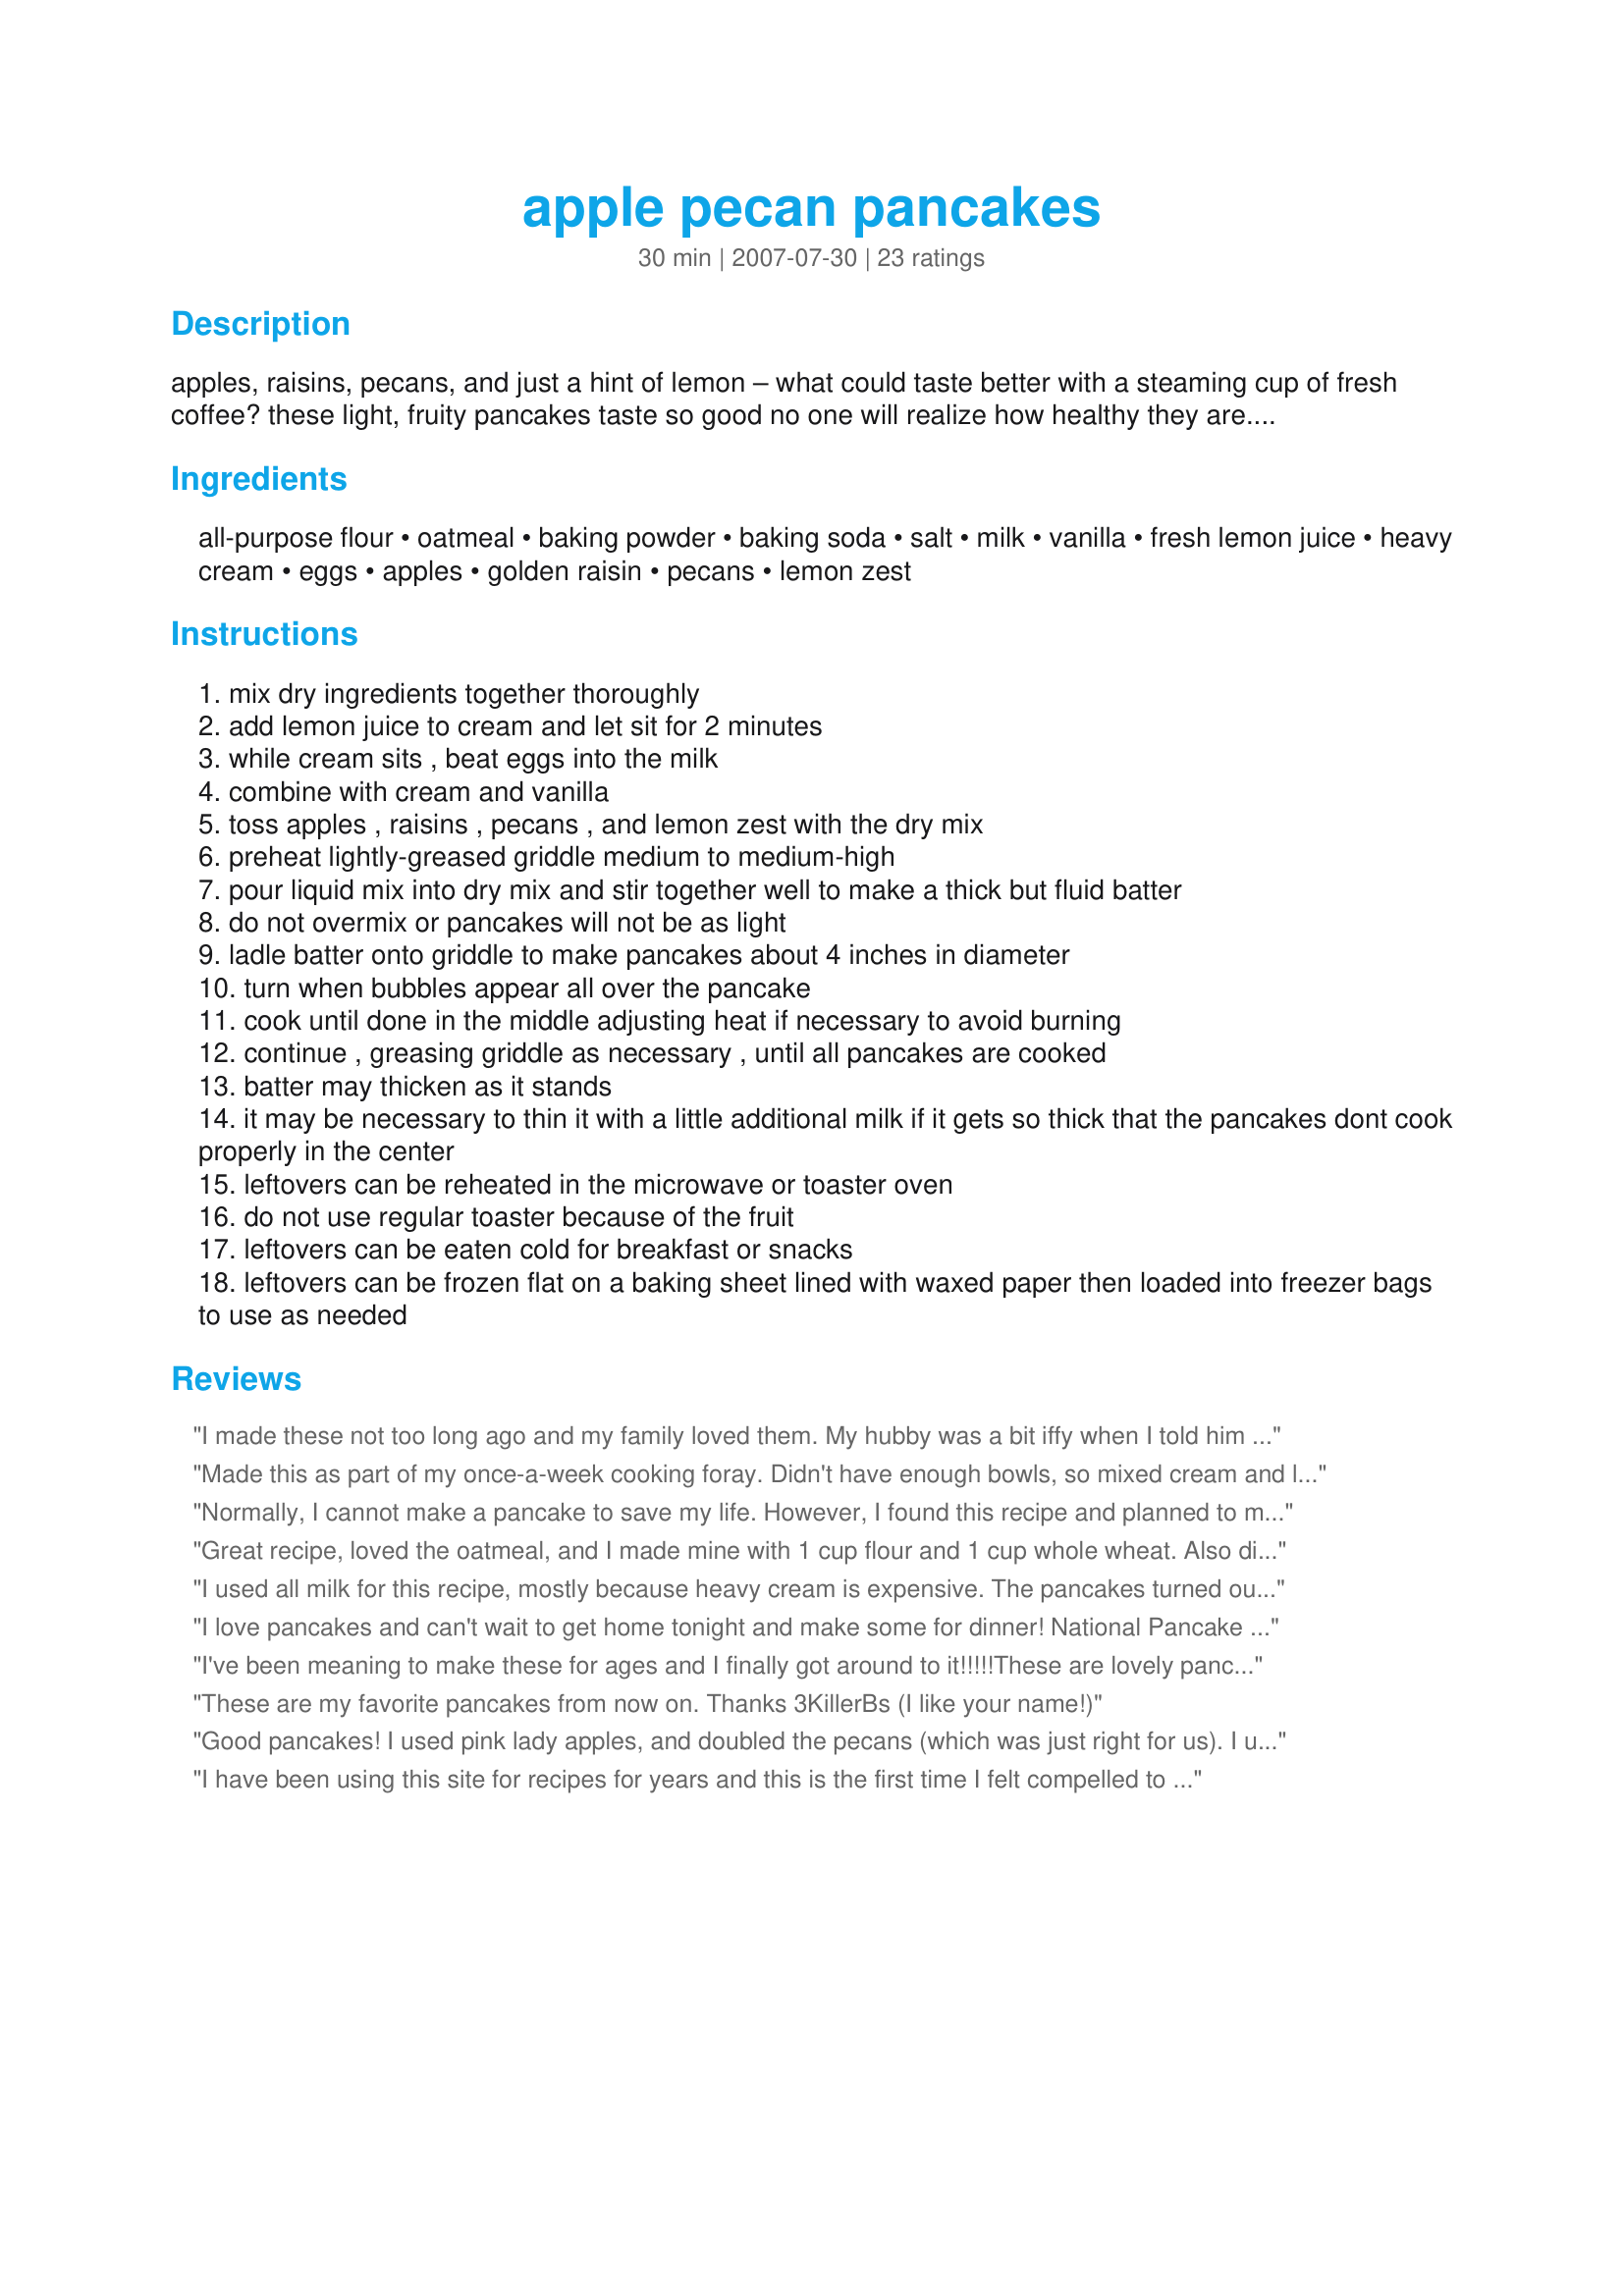
apple pecan pancakes
Preparation time: 30 minutes

apples, raisins, pecans, and just a hint of lemon – what could taste better with a steaming cup of fresh coffee? these light, fruity pancakes taste so good no one will realize how healthy they are. freeze the extras to reheat in the microwave and you’ll have a hot, delicious breakfast a lot faster than waiting in line at the drive-thru. or hand them to the kids cold for an on-the-go, in-the-car start when time is short.

Ingredients:
all-purpose flour, oatmeal, baking powder, baking soda, salt, milk, vanilla, fresh lemon juice, heavy cream, eggs, apples, golden raisin, pecans, lemon zest

Steps:
mix dry ingredients together thoroughly
add lemon juice to cream and let sit for 2 minutes
while cream sits , beat eggs into the milk
combine with cream and vanilla
toss apples , raisins , pecans , and lemon zest with the dry mix
preheat lightly-greased griddle medium to medium-high
pour liquid mix into dry mix and stir together well to make a thick but fluid batter
do not overmix or pancakes will not be as light
ladle batter onto griddle to make pancakes about 4 inches in diameter
turn when bubbles appear all over the pancake
cook until done in the middle adjusting heat if necessary to avoid burning
continue , greasing griddle as necessary , until all pancakes are cooked
batter may thicken as it stands
it may be necessary to thin it with a little additional milk if it gets so thick that the pancakes dont cook properly in the center
leftovers can be reheated in the microwave or toaster oven
do not use regular toaster because of the fruit
leftovers can be eaten cold for breakfast or snacks
leftovers can be frozen flat on a baking sheet lined with waxed paper then loaded into freezer bags to use as needed

Reviews:
I made these not too long ago and my family loved them. My hubby was a bit iffy when I told him the name of the pancakes, but he fell in love after the first bite. My 3 year old likes hers with peanut butter smeared on top. And they made the whole house smell good while cooking.
Made this as part of my once-a-week cooking foray. Didn't have enough bowls, so mixed cream and lemon juice together, and in a big bowl dumped all the other ingredients and mixed before adding cream mixture. Cooked in 2 metal baking pans at 425 deg F for 20 mins. Used 2 Royal Gala apples and 3 Granny Smith cut into 16ths. This is great served warm with vanilla ice cream for pudding.
Normally, I cannot make a pancake to save my life. However, I found this recipe and planned to make them for my 2-year-old, but I ended up eating a bunch of them. They're delicious! My son agrees. I cut the recipe down to 1/3, but I will soon try making a lot of them and freezing them. I used all milk instead of cream because that was all I had. I also added some milled flax seed and a little extra oatmeal because the batter seemed thin. In the end though, they were awesome. Thanks for a great recipe!
Great recipe, loved the oatmeal, and I made mine with 1 cup flour and 1 cup whole wheat. Also didn't have heavy cream, so used buttermilk instead. Did add some cinnamon after trying the first ones, it intensified the flavor. My husband loved it and couldn't believe that there was no additional fats in it.
I used all milk for this recipe, mostly because heavy cream is expensive. The pancakes turned out hearty and delicious. We have a family of 5 and we had 3 pancakes left over, but I use a ladle to scoop the batter and fill the whole bottom of the small skillet, so mine are larger than the recipe says. I will definitely use this recipe again, but next time I will put some sugar and a spice or two in it, to liven it up. Thanks for a great recipe!
I love pancakes and can't wait to get home tonight and make some for dinner! National Pancake Day is every day for me.
I've been meaning to make these for ages and I finally got around to it!!!!!These are lovely pancakes...very automnal! I'm afraid I didn't follow the recipe to the T...I just threw everything together! ;-)...so maybe they weren't as light as they are meant to be but they still tasted brilliant!
These are my favorite pancakes from now on. Thanks 3KillerBs (I like your name!)
Good pancakes! I used pink lady apples, and doubled the pecans (which was just right for us). I usually don't put syrup on my pancakes, but I did with these. Since there is no sugar in the batter, I felt like they sort of needed it. This recipe served about 6 people.
I have been using this site for recipes for years and this is the first time I felt compelled to write a review. Those pancakes were great!!!. What a treat! I made it exactly as the recipe says. I thought of adding a T of sugar but didn't and it was fine with the maple syrup. I want to try using half with whole wheat next time.
We had breakfast for dinner and loved these pancakes! I actually only made 1/3 of the recipe, which was pretty easy to do (except I forgot to 1/3 the pecans, which didn't matter at all... we liked the extra nuts!) These were moist and tasty. I used a granny smith apple, part white whole wheat flour, and old fashioned oats. Next time I may try with low fat milk rather than the heavy cream and see how it turns out... But it was definitely good with the cream! THanks so much!
Made for RSC #10. For my trial run, I cut the recipe down to 1 dozen (measurements work beautifully in the reduced version). I followed the recipe exactly, using a Granny Smith apple. Very tasty, I enjoyed them without syrup. They do freeze well - I love having a portable breakfast to carry to work with me. I will be making more as soon as these are gone. Thanks for entering this delicious recipe.
These were super yummy! I used wheat flour and they turned out perfect! Thanks!
Wow, wow, wow. These were wonderful. The flavor was amazing, sweet, tart, nutty. I served mine with pure maple syrup it hi-lited all the flavors in the pancakes. These delicious pancakes were very filling, so I froze the rest, (they freeze very well). The large tasty pancakes were light and fluffy. I really enjoyed the apple/raisin/pecan combination, they blended beautifully. Great use of contest ingredients. You have my vote, good luck in the contest.
These are definitely my new favorite for pancakes. I've made LOTS of pancakes and i have to pancake eaters who swear by these as well! I made only 1/2 the recipe and added some dried cranberries and cinnamon. I'll definitely make these again and again!
.
After having this I stood up at the dinner table and applauded the recipe !!!<br/>This one makes me do the happy food dance!!
These pancakes were yummy both hot and later cold!!! I didn't have any cream so I did 1/2 c milk & 1/2 c sour cream. I also, let the batter rest/setup just a little, 5-10 min. before I started frying. I also suggest adding sugar or seasonings to your preference. Makes a very generous amount of hearty pancakes. Wonderfully yummy!!! I'm looking forward to making these again. Thanks!!
Wow! These were great. I made them dairy-free substituting rice milk for the milk and coconut milk beverage for the heavy cream. I'm sure they would have been really decadent with the cream, but these were some hearty pancakes no matter what. Otherwise I followed the recipe. I make ginormous pancakes out of them...sort of German style, I guess....and got 8.
We really enjoyed these pancakes for breakfast this morning! I used Chilean Braeburn Apples.The only thing I changed was to omit the raisins because we don't like them. The batter was thin with hard clumps from the fruit and such; so the batter spread rapidly when placed on the skillet. To solve this issue, I used a heart shaped collar and they rose beautifully and were contained. Good Luck on your entry chef!
add 1/4c Craisins...MMMMMMMMMMMMMM
I loved the lemony flavour of these pancakes! Mixed with the apples it was delicious. I also liked that these used oats as well as flour, which gave them a nice texture. My pancakes however did not come out thick, and were in fact quite thin. Even so, the pancakes, although not as thick as I was expecting, were delicious. Good luck in RSC #10!
We LOVE these pancakes, minus the raisins. I opt for the wheat flour to make them healthier. Patted with butter and a drizzle of real maple syrup, these can't be beat!
